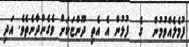
ފުމެލެއްވުމުން  ގެ  ފުޅުން އެ އެތި ދޫންޏަކަށް ވެގެންދާނެތެވެ. އަދި